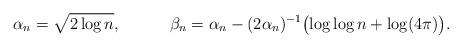
LaTeX: \begin{align*} \alpha_n &= \sqrt{2\log n}, & \beta_n &= \alpha_n - (2\alpha_n)^{-1}\bigl(\log \log n + \log(4\pi)\bigr).\end{align*}